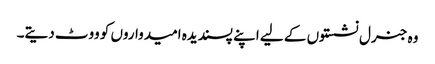
وہ جنرل نشستوں کے لیے اپنے پسندیدہ امیدواروں کو ووٹ دیتے۔